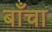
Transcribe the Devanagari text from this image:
बाँचा